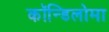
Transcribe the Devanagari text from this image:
कॉन्डिलोमा